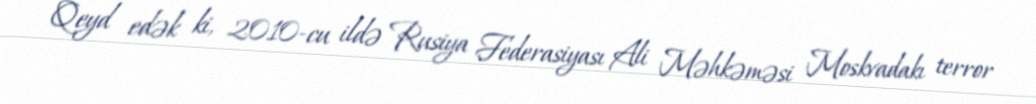
Qeyd edək ki, 2010-cu ildə Rusiya Federasiyası Ali Məhkəməsi Moskvadakı terror